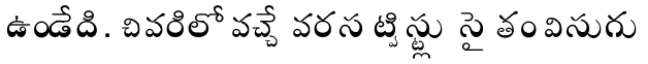
ఉండేది. చివరిలో వచ్చే వరస ట్విస్ట్లు సైతం విసుగు